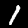
Digit: 1